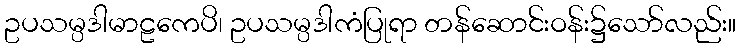
ဥပသမ္ပဒါမာဠကေပိ၊ ဥပသမ္ပဒါကံပြုရာ တန်ဆောင်းဝန်း၌သော်လည်း။